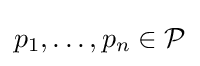
p_{1},\ldots ,p_{n}\in {\mathcal {P}}